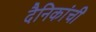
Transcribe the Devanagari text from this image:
दैनिकांची